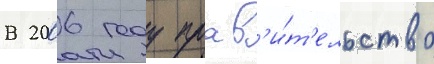
В 2006 году прав'и́т'ельство